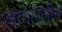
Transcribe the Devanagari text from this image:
लागलेलीच